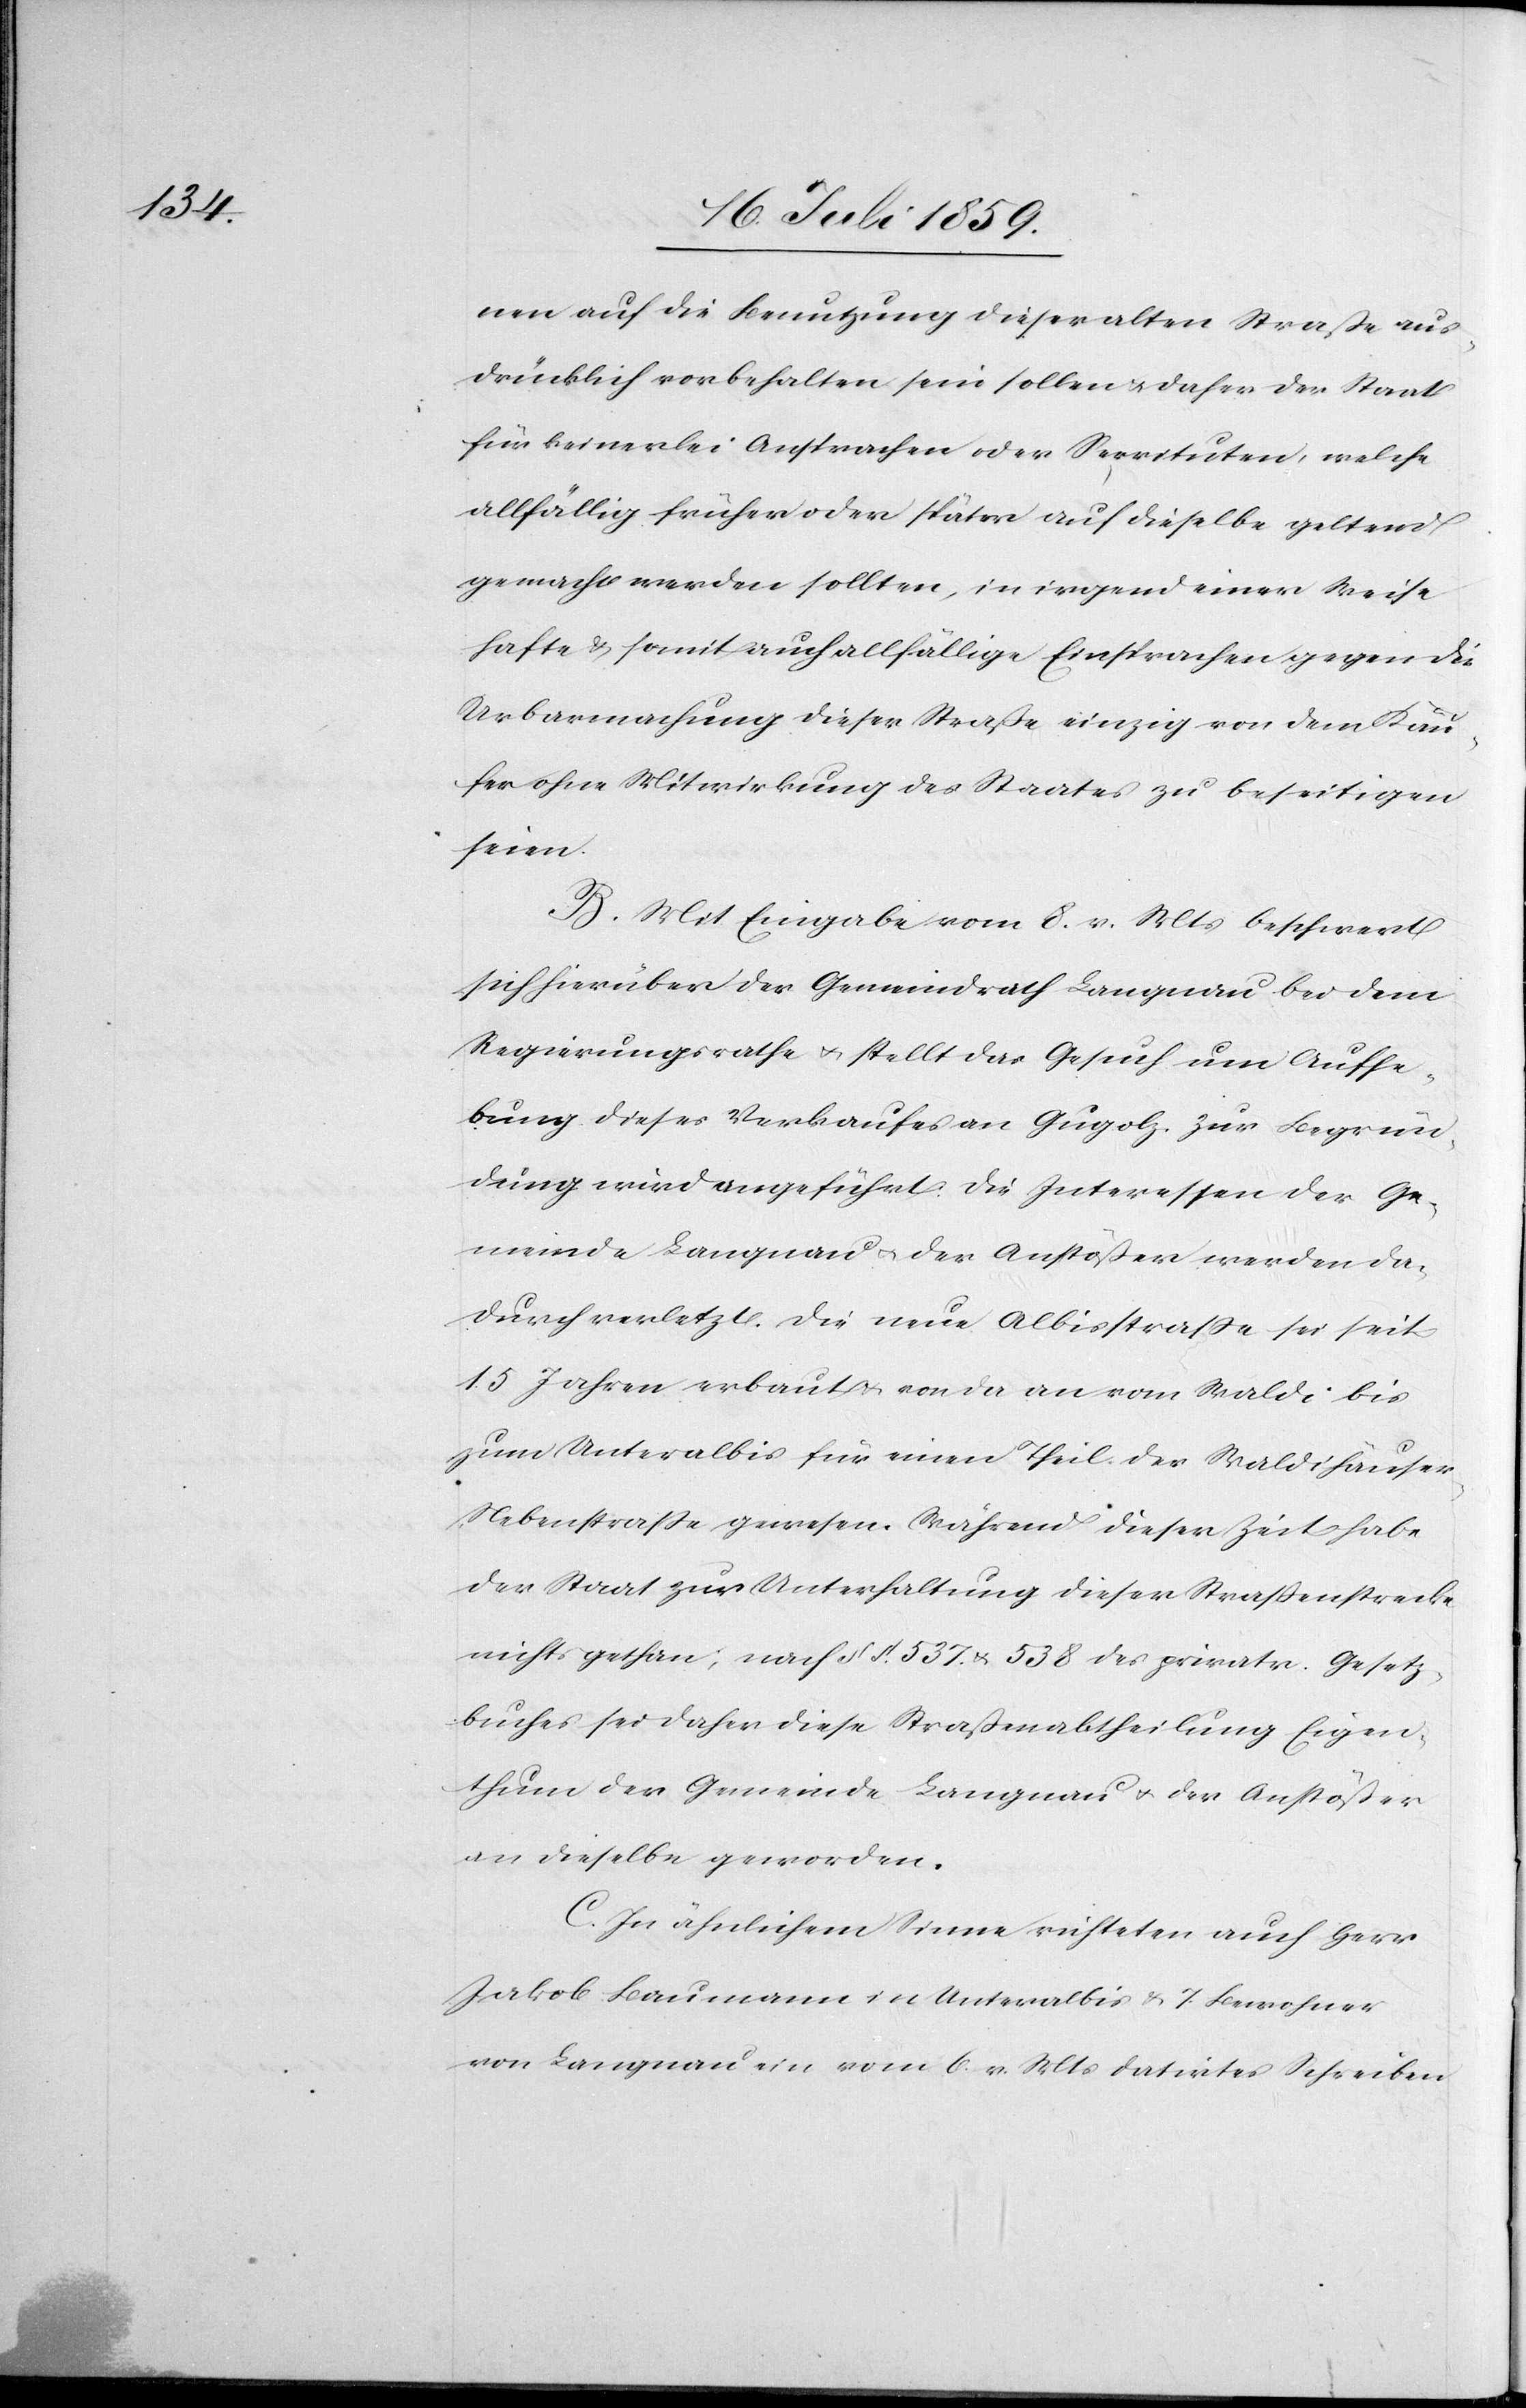
nen auf die Benutzung dieser alten Straße aus¬
drücklich vorbehalten sein sollen u. daher der Staat
für keinerlei Ansprachen oder Servituten, welche
allfällig früher oder später auf dieselbe geltend
gemacht werden sollten, in irgend einer Weise
hafte u. somit auch allfällige Einsprachen gegen die
Urbarmachung dieser Straße einzig von dem Käu¬
fer ohne Mitwirkung des Staates zu beseitigen
seien.
B. Mit Eingabe vom 8. v. Mts. beschwert
sich hierüber der Gemeindrath Langnau bei dem
Regierungsrathe u. stellt das Gesuch um Aufhe¬
bung dieses Verkaufes an Gugolz. Zur Begrün¬
dung wird angeführt: Die Interessen der Ge¬
meinde Langnau u. der Anstößer werden da¬
durch verletzt. Die neue Albisstraße sei seit
15 Jahren erbaut u. von da an vom Waldi bis
zum Unteralbis für einen Theil der Waldihäuser
Nebenstraße gewesen. Während dieser Zeit habe
der Staat zur Unterhaltung dieser Straßenstrecke
nichts gethan; nach §§ 537. u. 538 des privatr. Gesetz¬
buches sei daher diese Straßenabtheilung Eigen¬
thum der Gemeinde Langnau u. der Anstößer
an dieselbe geworden.
C. In ähnlichem Sinne richten auch Herr
Jakob Baumann in Unteralbis u. 7. Bewohner
von Langnau ein vom 6. v. Mts. datirtes Schreiben